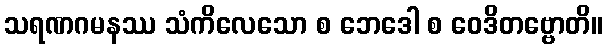
သရဏဂမနဿ သံကိလေသော စ ဘေဒေါ စ ဝေဒိတဗ္ဗောတိ။